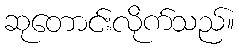
ဆုတောင်းလိုက်သည်။